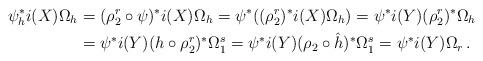
LaTeX: \begin{align*}\psi_h^*i(X)\Omega_h &= (\rho_2^r \circ \psi)^*i(X)\Omega_h= \psi^*((\rho_2^r)^*i(X)\Omega_h) = \psi^*i(Y)(\rho_2^r)^*\Omega_h \\&= \psi^*i(Y)(h \circ \rho_2^r)^*\Omega_1^s = \psi^*i(Y)(\rho_2 \circ \hat{h})^*\Omega_1^s= \psi^*i(Y)\Omega_r \, .\end{align*}